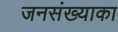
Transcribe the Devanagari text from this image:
जनसंख्याका